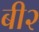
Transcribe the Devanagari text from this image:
बी२